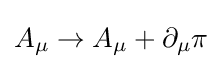
A_{\mu }\to A_{\mu }+\partial _{\mu }\pi